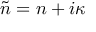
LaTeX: { \tilde { n } } = n + i \kappa